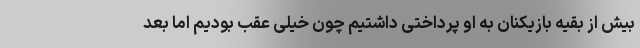
بیش از بقیه بازیکنان به او پرداختی داشتیم چون خیلی عقب بودیم اما بعد